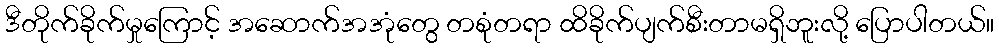
ဒီတိုက်ခိုက်မှုကြောင့် အဆောက်အအုံတွေ တစုံတရာ ထိခိုက်ပျက်စီးတာမရှိဘူးလို့ ပြောပါတယ်။